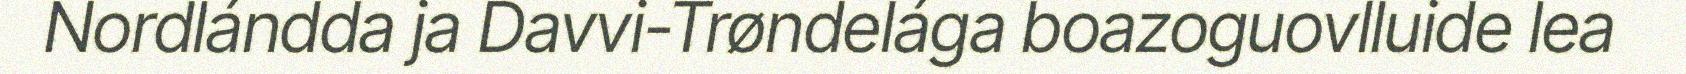
Nordlándda ja Davvi-Trøndelága boazoguovlluide lea